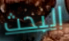
البحث